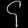
Digit: ၄